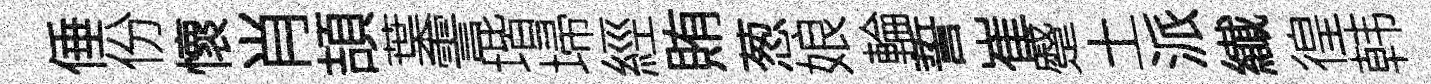
倕份懷肖頡葉霅堦埽經賄葱娘輪誓崔蹙土派纎徨韩